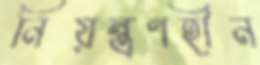
নিয়ন্ত্রণহীন